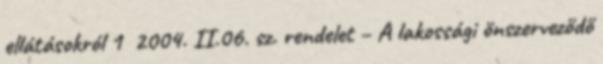
ellátásokról 1 2004. II.06. sz. rendelet – A lakossági önszerveződő